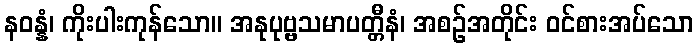
နဝန္နံ၊ ကိုးပါးကုန်သော။ အနုပုဗ္ဗသမာပတ္တီနံ၊ အစဉ်အတိုင်း ဝင်စားအပ်သော